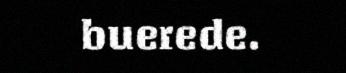
buerede.